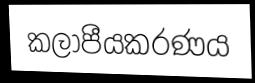
කලාපීයකරණය